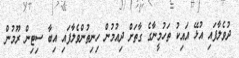
ދުވެލާފައި އުޅޭ އައިކު ތަހުމީނާގެ ގާތަށް ދިއުމުން ހިނިތުންވެލާފައި އިބާ ސިޓިން ރޫމުން